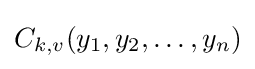
C_{k,v}(y_{1},y_{2},\dots ,y_{n})